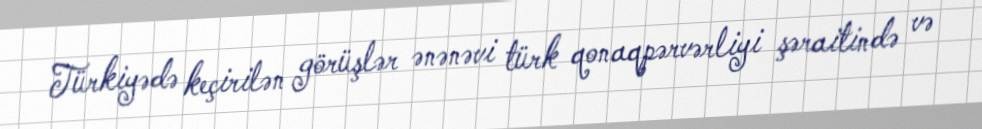
Türkiyədə keçirilən görüşlər ənənəvi türk qonaqpərvərliyi şəraitində və